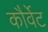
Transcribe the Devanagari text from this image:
कौर्वेट